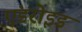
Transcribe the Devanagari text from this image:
एंडरोइड